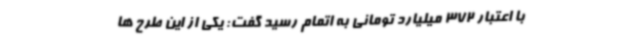
با اعتبار 372 میلیارد تومانی به اتمام رسید گفت: یکی از این طرح ها